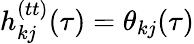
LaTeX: h_{kj}^{(tt)}(\tau)=\theta_{kj}(\tau)